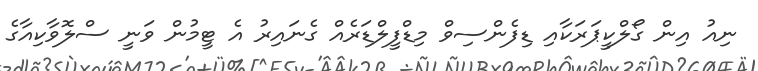
ނިއު އިން ގޯލްކީޕަރަކާއި ޑިފެންސިވް މިޑްފީލްޑަރެއް ގެނައިރު އެ ޓީމުން ވަނީ ސްލޮވާކިއާގެ